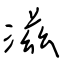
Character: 滋